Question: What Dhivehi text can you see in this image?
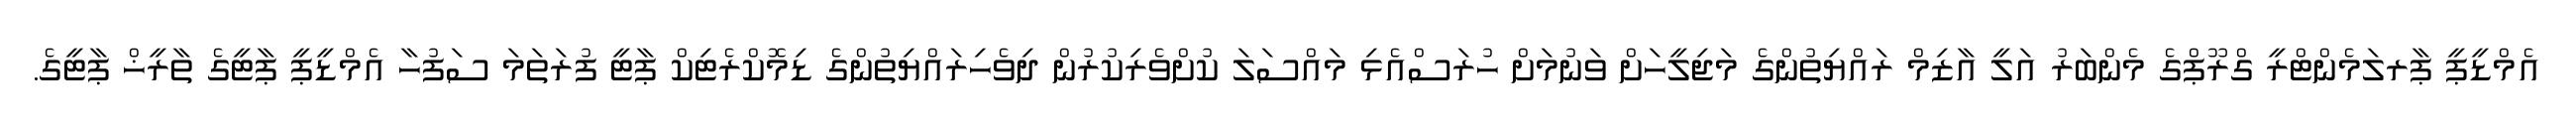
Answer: އެމްޑީޕީ ޕާރލަމެންޓްރީ ގްރޫޕްގެ މެންބަރު އަލީ އާޒިމް ރައްޔިތުންގެ މަޖިލީހަށް ވަނުމަށް ހުރަސްއެޅި މައްސަލަ ކުށްވެރިކުރުން ދިވެހިރައްޔިތުންގެ ޑިމޮކްރެޓިކް ޕާޓީ ފުރަތަމަ ސަފުހާ އެމްޑީޕީ ޕާޓީގެ ތާރީޚް ޕާޓީގެ.